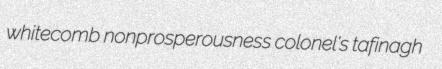
whitecomb nonprosperousness colonel's tafinagh